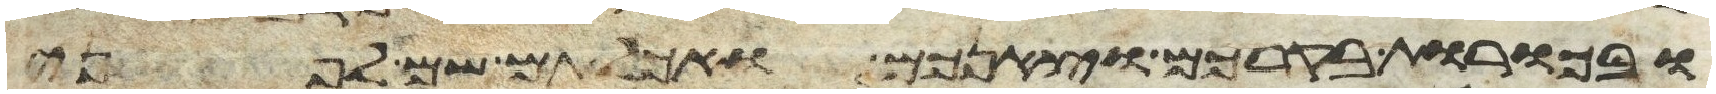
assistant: ובכורת בקרכם וצאנכם ואכלתם שם לפני